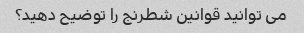
می توانید قوانین شطرنج را توضیح دهید؟